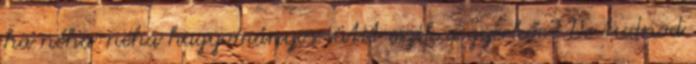
ha néha-néha hagyományos sütit eszik a gyerkőc? De tudnod